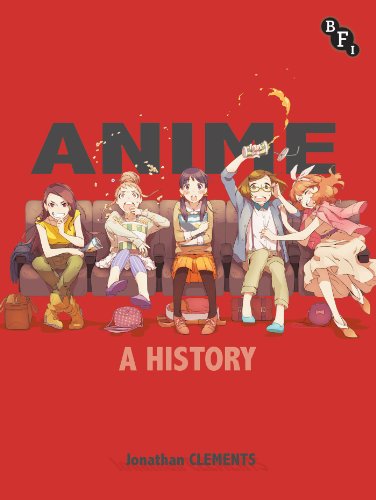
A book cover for Anime: A History; Jonathan Clements; Arts & Photography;